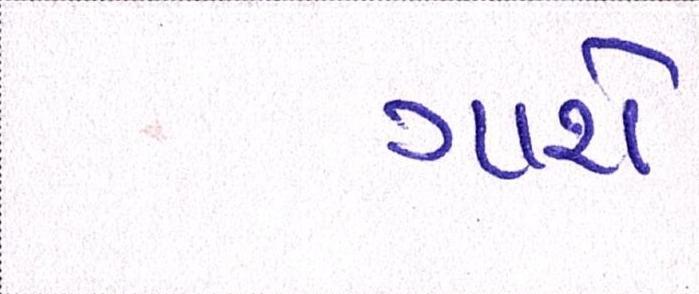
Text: ગાશે